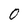
Character: 0